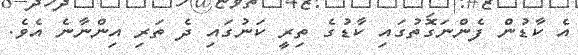
އެ ކާޑުން ފެންނަގޮތުގައި ކާޑުގެ ތިރީ ކަނުުގައި ދެ ތަރި އިންނާނެ އެެވެ.